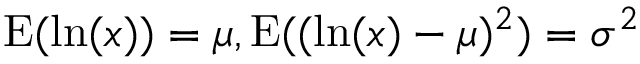
\operatorname { E } ( \ln ( x ) ) = \mu , \operatorname { E } ( ( \ln ( x ) - \mu ) ^ { 2 } ) = \sigma ^ { 2 }